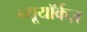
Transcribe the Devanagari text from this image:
न्यूयॉर्कज़